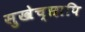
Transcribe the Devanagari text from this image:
सुखेच्छापि